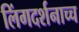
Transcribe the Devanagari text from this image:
लिंगदर्शनाच्च